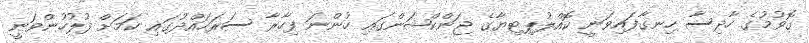
ގޮވުމުގެ ހާދިސާ ހިނގާފައިވަނީ ކޮއްލުޕިޓިޔާގެ ޖަންކްޝަންގައި ހުންނަ ފިހާރާ ސަރަހައްދުގައި ކަމަށް ފުލުހުންވަނީ